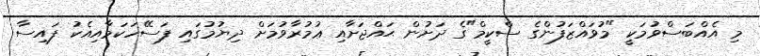
މި އެއްބަސްވުމަކީ "މުވައްޒަފުންގެ ސްކީމް"ގެ ދަށުން ޙައްޖަށާއި ޢުމުރާވުމަށް ދިޔުމުގައި ފަސޭހަކަމާއިއެކު ފައިސާ